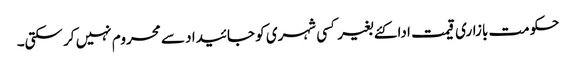
حکومت بازاری قیمت ادا کئے بغیر کسی شہری کو جائیدا د سے محروم نہیں کر سکتی۔